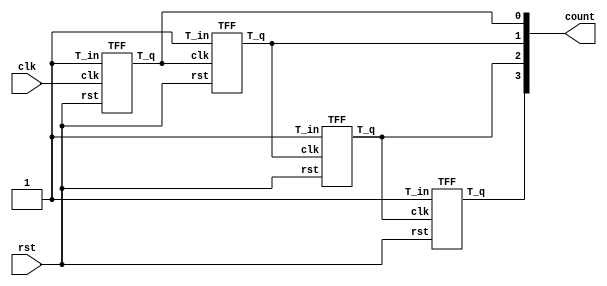
`timescale 1ns / 1ps
//////////////////////////////////////////////////////////////////////////////////
// Company: 
// Engineer: 
// 
// Design Name: 
// Module Name: Async_counter
// Project Name: 
// Target Devices: 
// Tool Versions: 
// Description: 
// 
// Dependencies: 
// 
// Revision:
// Revision 0.01 - File Created
// Additional Comments:
// 
//////////////////////////////////////////////////////////////////////////////////


module Asynchronous_counter(
    input clk,
    input rst,
    output [3:0] count
);
wire q0, q1, q2, q3;

assign count = {q3, q2, q1, q0};
TFF ins0 (.clk(clk), .rst(rst), .T_in(1'b1), .T_q(q0));
TFF ins1 (.clk(q0), .rst(rst), .T_in(1'b1), .T_q(q1));
TFF ins2 (.clk(q1), .rst(rst), .T_in(1'b1), .T_q(q2));
TFF ins3 (.clk(q2), .rst(rst), .T_in(1'b1), .T_q(q3));

endmodule

module TFF (clk, rst, T_in, T_q);
input clk, rst, T_in;
output reg T_q;

always @(negedge clk or posedge rst) begin
    if (rst)
        T_q <= 1'b0;
    else
        T_q <= T_q ^ T_in;
end
endmodule